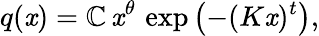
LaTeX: q(\mathit{x})=\mathbb{C}\, \mathit{x}^{\theta}\, \exp\left(-(K\mathit{x})^{t}\right),